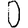
Digit: 0